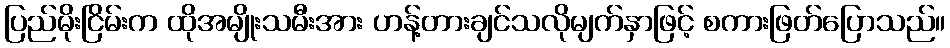
ပြည်မိုးငြိမ်းက ထိုအမျိုးသမီးအား ဟန့်တားချင်သလိုမျက်နှာဖြင့် စကားဖြတ်ပြောသည်။